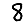
Digit: 8